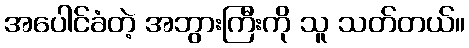
အပေါင်ခံတဲ့ အဘွားကြီးကို သူ သတ်တယ်။